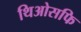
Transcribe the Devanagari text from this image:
थिओसफि